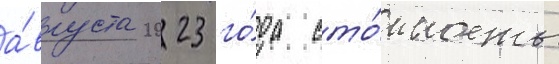
а́вгуста 2023 го́да сто́имость